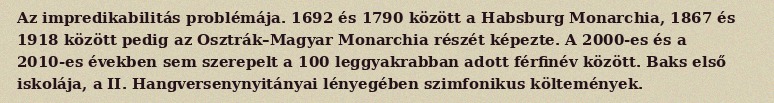
Az impredikabilitás problémája. 1692 és 1790 között a Habsburg Monarchia, 1867 és 1918 között pedig az Osztrák–Magyar Monarchia részét képezte. A 2000-es és a 2010-es években sem szerepelt a 100 leggyakrabban adott férfinév között. Baks első iskolája, a II. Hangversenynyitányai lényegében szimfonikus költemények.